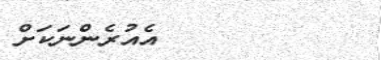
٤٨         އެއުރެންނަކަށް